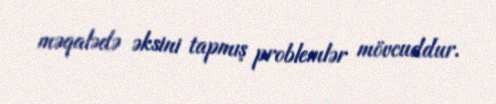
məqalədə əksini tapmış problemlər mövcuddur.